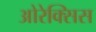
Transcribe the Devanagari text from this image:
ओरेक्सिस